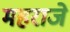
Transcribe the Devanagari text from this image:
महराजे